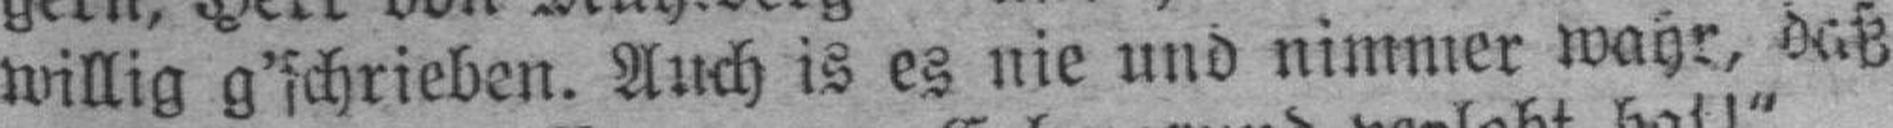
willig g'schrieben. Auch is es nie und nimmer wahr, daß